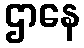
ဌာနေ